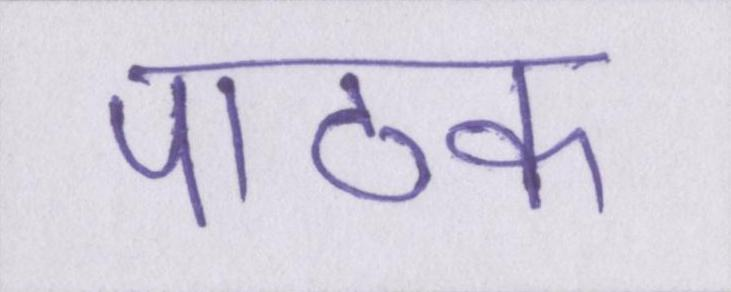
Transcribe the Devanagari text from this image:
पाठक